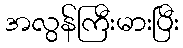
အလွန်ကြီးမားပြီး